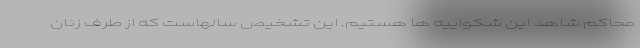
محاکم شاهد این شکواییه ها هستیم. این تشخیص سالهاست که از طرف زنان